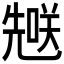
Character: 𪞄